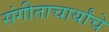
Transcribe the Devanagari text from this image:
संगीताचार्यांचे